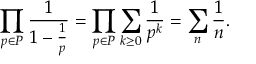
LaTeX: \prod _ { p \in P } { \frac { 1 } { 1 - { \frac { 1 } { p } } } } = \prod _ { p \in P } \sum _ { k \geq 0 } { \frac { 1 } { p ^ { k } } } = \sum _ { n } { \frac { 1 } { n } } .